Problem: 5 × 7 = ?
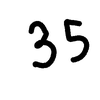
Handwritten answer: 35